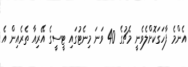
އެންމެ ފާހަގަކޮށްލެވެނީ މެޗުގެ 40 ވަނަ މިނެޓުގައި ޓީސީގެ އޭރިއާ ތެރެއިން އެ